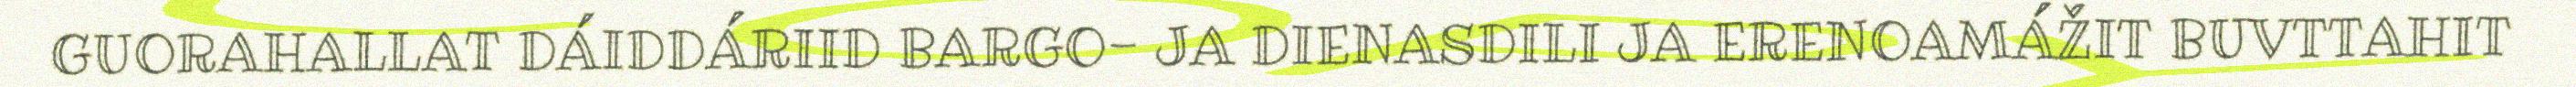
GUORAHALLAT DÁIDDÁRIID BARGO- JA DIENASDILI JA ERENOAMÁŽIT BUVTTAHIT